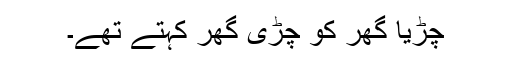
چڑیا گھر کو چڑی گھر کہتے تھے۔